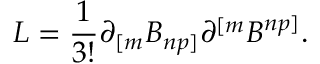
L = { \frac { 1 } { 3 ! } } \partial _ { [ m } B _ { n p ] } \partial ^ { [ m } B ^ { n p ] } .